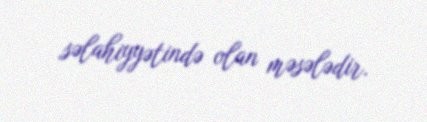
səlahiyyətində olan məsələdir.